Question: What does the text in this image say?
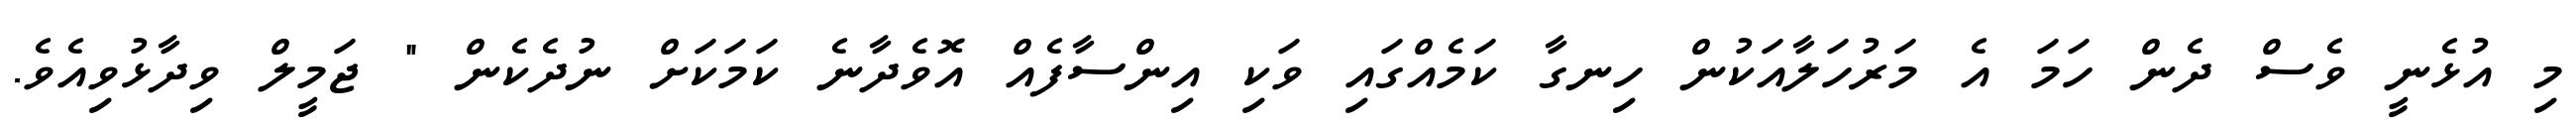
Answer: މި އުޅެނީ ވެސް ދެން ހަމަ އެ މަރުހަލާއަކުން ހިނގާ ކަމެއްގައި ވަކި އިންސާފެއް އޮވެދާނެ ކަމަކަށް ނުދެކެން " ޖަމީލް ވިދާޅުވިއެވެ.